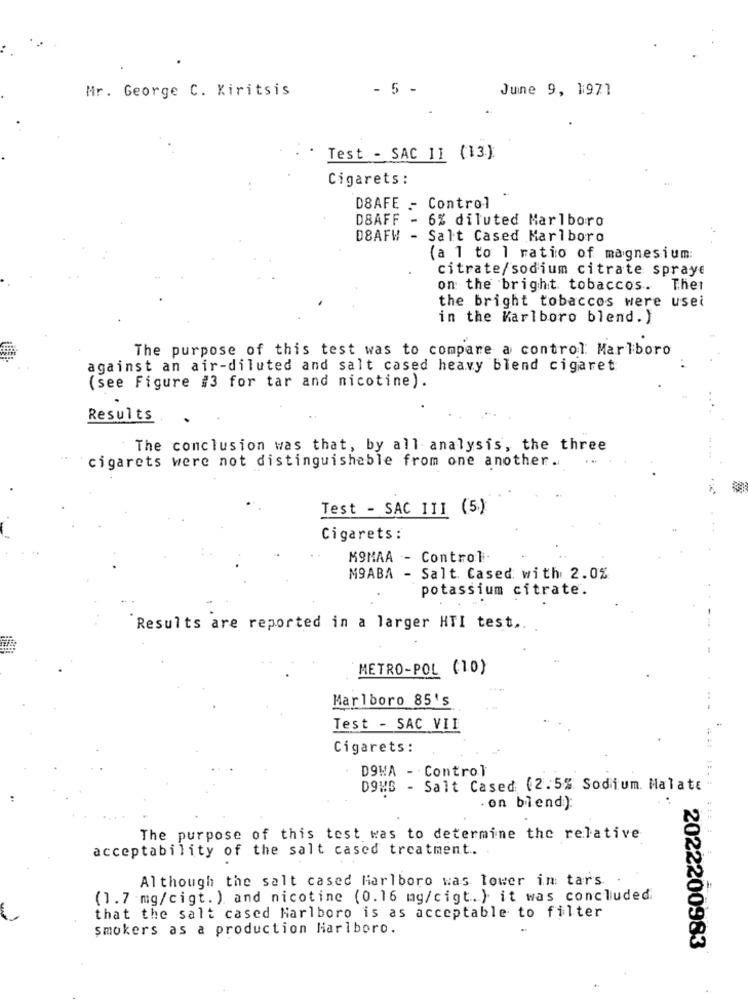
Mr. George C. Kiritsis
- 5 -
June 9, 1971
Test - SAC 11 (13)
Cigarets :
DSAFE _ Control
DSAFF - 6% diluted Marlboro
D8AFW - Salt Cased Marlboro
(a 1 to 1 ratio of magnesium:
citrate/sodium citrate spraye
on the bright tobaccos.
Thet
the bright tobaccos were usei
in the Karlboro blend. )
The purpose of this test was to compare a control Marlboro
against an air-diluted and salt cased heavy blend cigaret
(see Figure #3 for tar and nicotine).
Results
The conclusion was that, by all analysis, the three
cigarets were not distinguishable from one another.
Test - SAC III (5.)
Cigarets:
MOMAA - Control
M9ABA - Salt. Cased: with 2.0%
potassium citrate.
Results are reported in a larger HTI test ...
METRO-POL (1.0)
Marlboro 85's
Test - SAC VII
Cigarets:
D9WA - Control
DOWS - Salt Cased (2.5% Sodium. Malate
. on blend):
The purpose of this test was to determine the relative
acceptability of the salt cased treatment.
Although the salt cased Marlboro was lower in tars
(1.7 mg/cigt. ) and nicotine (0.16 mg/cigt.) it was concluded.
that the salt cased Marlboro is as acceptable to filter
smokers as a production Marlboro.
2022200983